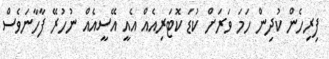
ފިރިހެން ކުދިން ހަމަ ވަރަށް ކުޑަ ކޮޓަރިއެއް އެއީ އޭސީއެއް ނުހުރޭ ފާހާނަވެސް